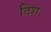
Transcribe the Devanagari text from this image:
दिशः